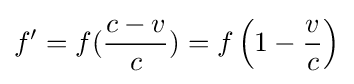
f'=f({\frac {c-v}{c}})=f\left(1-{\frac {v}{c}}\right)